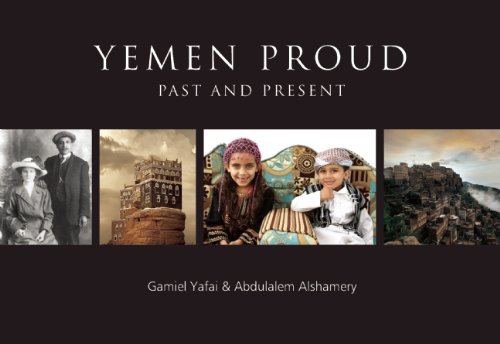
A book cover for Yemen Proud - Past and Present (English and Arabic Edition); Gamiel Yafai; History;